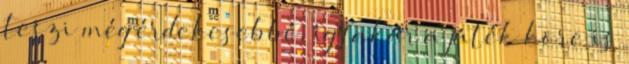
teszi még érdekesebbé, így akár a játék köre is